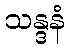
သန္ဒနံ